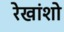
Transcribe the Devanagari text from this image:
रेखांशो